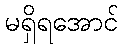
မရှိရအောင်